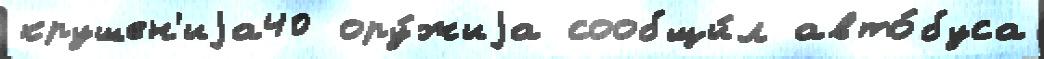
крушен'иjа40 ору́жиjа сообщи́л авто́буса